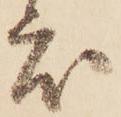
度